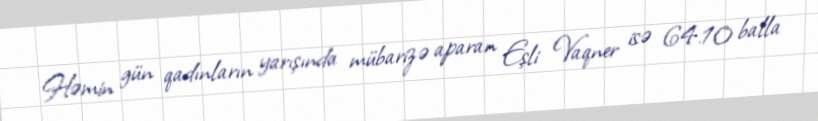
Həmin gün qadınların yarışında mübarizə aparan Eşli Vaqner isə 64.10 balla